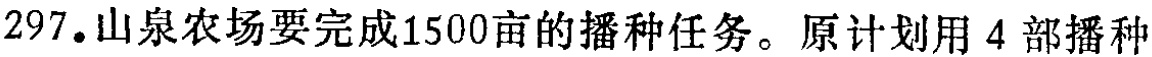
297. 山泉农场要完成1500亩的播种任务。原计划用4部播种